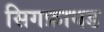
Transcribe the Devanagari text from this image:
सिगफ्रायड